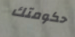
حكومتك